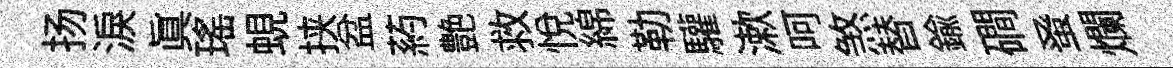
扬淚眞瑤蜆挟盆葯艶救悅綿勒驩漱呵煞替鍮磵𫊫爛